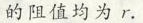
的阻值均为r。